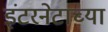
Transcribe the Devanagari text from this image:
इंटरनेटाच्या